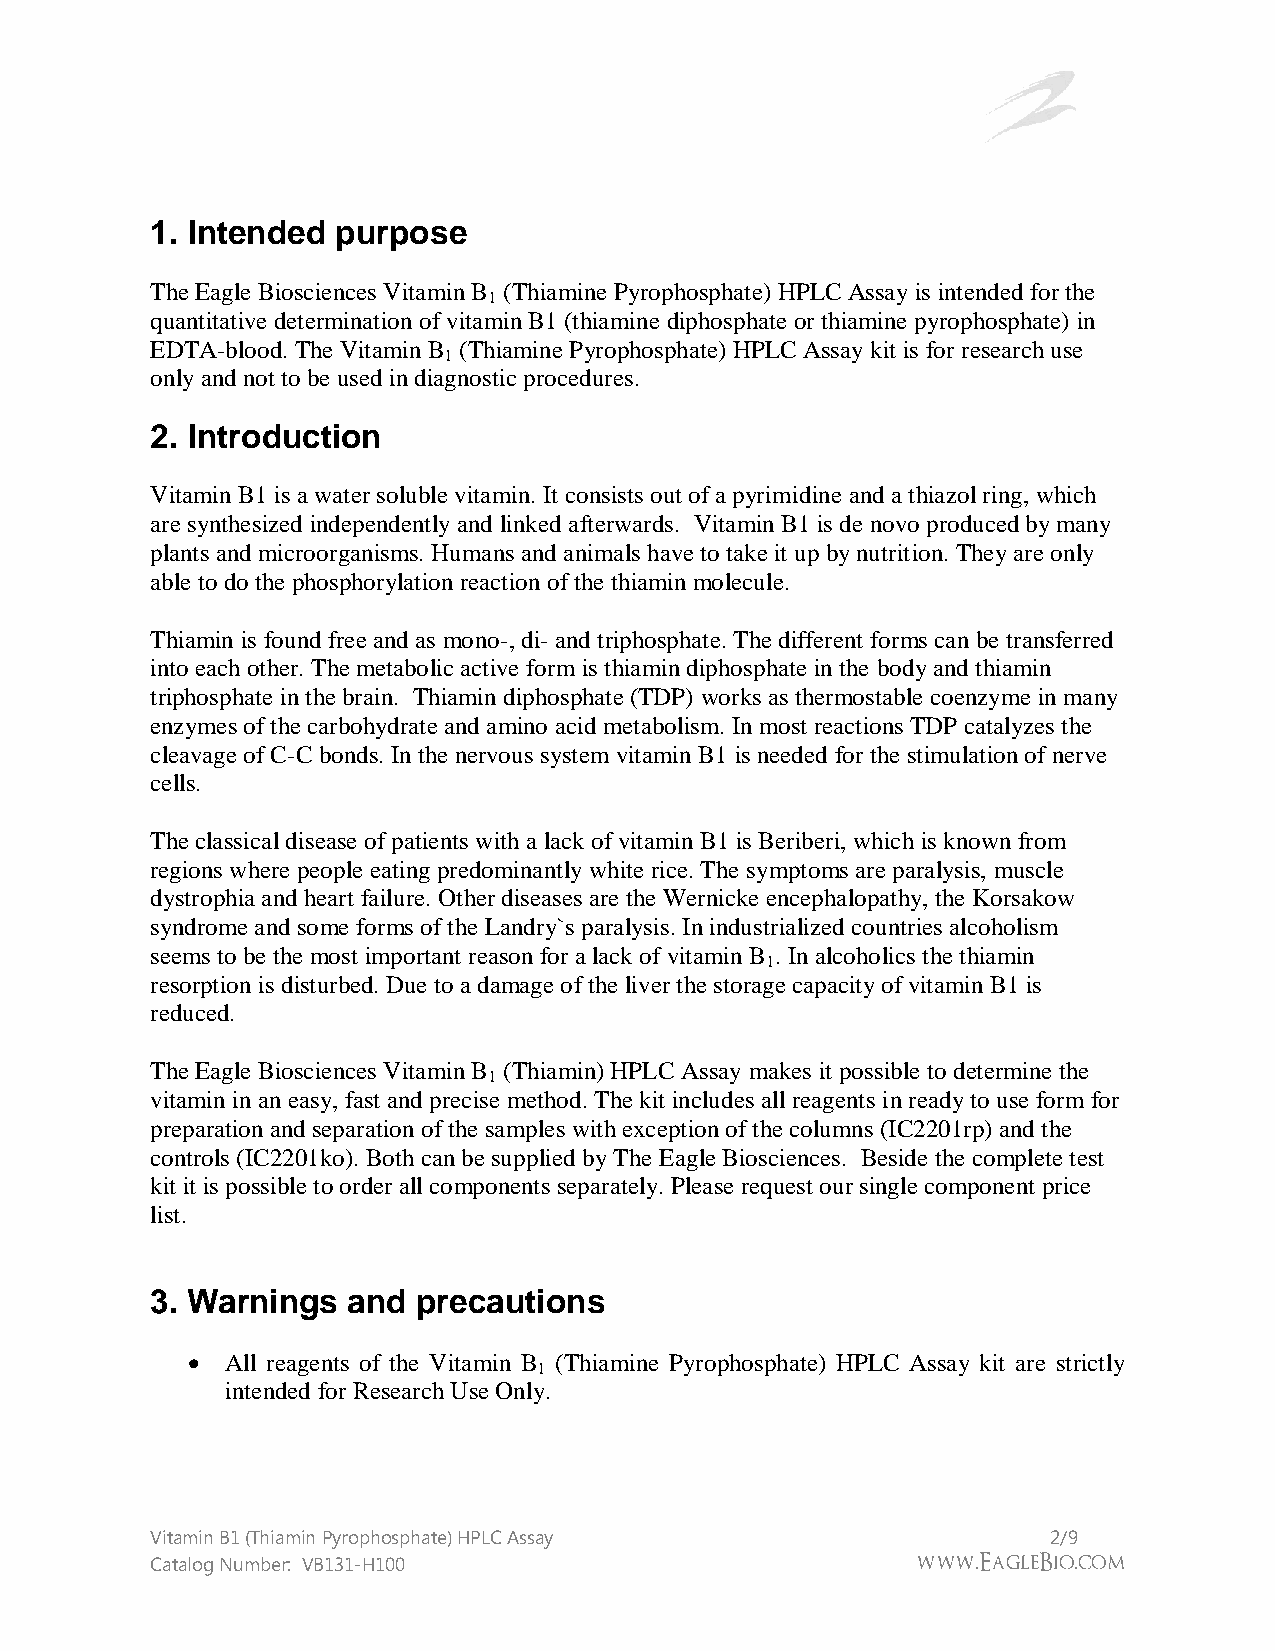
1. Intended purpose
 The Eagle Biosciences Vitamin B (Thiamine Pyrophosphate) HPLC Assay is intended for the
 1
 quantitative determination of vitamin B1 (thiamine diphosphate or thiamine pyrophosphate) in
 EDTA-blood. The Vitamin B (Thiamine Pyrophosphate) HPLC Assay kit is for research use
 1
 only and not to be used in diagnostic procedures.
 2. Introduction
 Vitamin B1 is a water soluble vitamin. It consists out of a pyrimidine and a thiazol ring, which
 are synthesized independently and linked afterwards. Vitamin B1 is de novo produced by many
 plants and microorganisms. Humans and animals have to take it up by nutrition. They are only
 able to do the phosphorylation reaction of the thiamin molecule.
 Thiamin is found free and as mono-, di- and triphosphate. The different forms can be transferred
 into each other. The metabolic active form is thiamin diphosphate in the body and thiamin
 triphosphate in the brain. Thiamin diphosphate (TDP) works as thermostable coenzyme in many
 enzymes of the carbohydrate and amino acid metabolism. In most reactions TDP catalyzes the
 cleavage of C-C bonds. In the nervous system vitamin B1 is needed for the stimulation of nerve
 cells.
 The classical disease of patients with a lack of vitamin B1 is Beriberi, which is known from
 regions where people eating predominantly white rice. The symptoms are paralysis, muscle
 dystrophia and heart failure. Other diseases are the Wernicke encephalopathy, the Korsakow
 syndrome and some forms of the Landry`s paralysis. In industrialized countries alcoholism
 seems to be the most important reason for a lack of vitamin B . In alcoholics the thiamin
 1
 resorption is disturbed. Due to a damage of the liver the storage capacity of vitamin B1 is
 reduced.
 The Eagle Biosciences Vitamin B (Thiamin) HPLC Assay makes it possible to determine the
 1
 vitamin in an easy, fast and precise method. The kit includes all reagents in ready to use form for
 preparation and separation of the samples with exception of the columns (IC2201rp) and the
 controls (IC2201ko). Both can be supplied by The Eagle Biosciences. Beside the complete test
 kit it is possible to order all components separately. Please request our single component price
 list.
 3. Warnings  and  precautions
   All reagents of the Vitamin B (Thiamine Pyrophosphate) HPLC Assay kit are strictly
 1
 intended for Research Use Only.
 Vitamin B1 (Thiamin Pyrophosphate) HPLC Assay               2/9
 Catalog Number: VB131-H100                         www.EagleBio.com